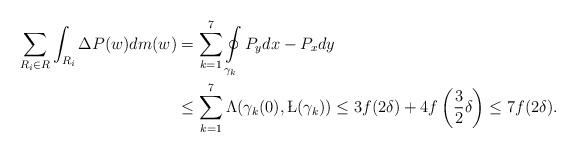
LaTeX: \begin{align*}\sum_{R_i \in R} \int_{R_i} \Delta P(w)dm(w) & = \sum_{k=1}^7 \oint\limits_{\gamma_k} P_ydx-P_xdy\\& \leq \sum_{k=1}^7 \Lambda(\gamma_k(0),\L(\gamma_k)) \leq 3f(2\delta) + 4f\left(\frac{3}{2}\delta\right) \leq 7f(2\delta).\end{align*}